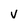
Character: v